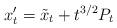
LaTeX: \begin{align*}x_t'=\tilde{x}_t+t^{3/2}P_t\end{align*}